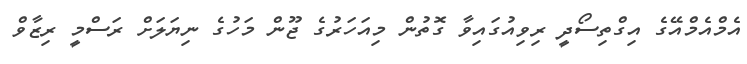
އެމްއެމްއޭގެ އިގްތިސޯދީ ރިވިއުގައިވާ ގޮތުން މިއަހަރުގެ ޖޫން މަހުގެ ނިޔަލަށް ރަސްމީ ރިޒާވް